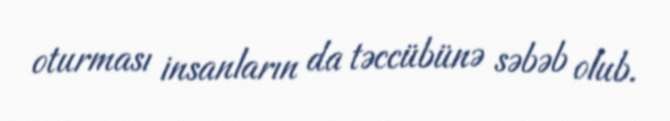
oturması insanların da təccübünə səbəb olub.